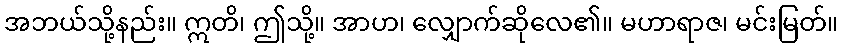
အဘယ်သို့နည်း။ ဣတိ၊ ဤသို့။ အာဟ၊ လျှောက်ဆိုလေ၏။ မဟာရာဇ၊ မင်းမြတ်။